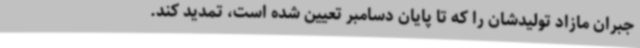
جبران مازاد تولیدشان را که تا پایان دسامبر تعیین شده است، تمدید کند.